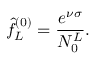
\hat { f } _ { L } ^ { ( 0 ) } = \frac { e ^ { \nu \sigma } } { N _ { 0 } ^ { L } } .